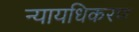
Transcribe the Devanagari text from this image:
न्‍यायधिकरण